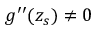
g ^ { \prime \prime } ( z _ { s } ) \neq 0